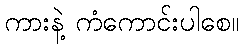
ကားနဲ့ ကံကောင်းပါစေ။